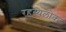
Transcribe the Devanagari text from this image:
रहस्यलोक